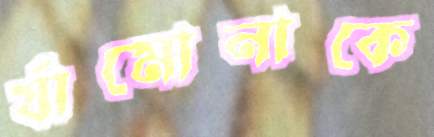
র‍্যামোনাকে